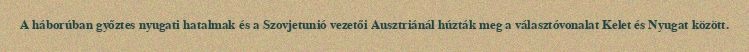
A háborúban győztes nyugati hatalmak és a Szovjetunió vezetői Ausztriánál húzták meg a választóvonalat Kelet és Nyugat között.